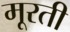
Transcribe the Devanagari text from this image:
मूरती